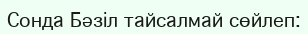
Сонда Бәзіл тайсалмай сөйлеп: